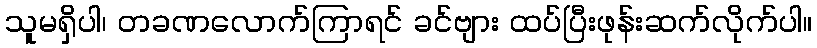
သူမရှိပါ၊ တခဏလောက်ကြာရင် ခင်ဗျား ထပ်ပြီးဖုန်းဆက်လိုက်ပါ။